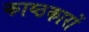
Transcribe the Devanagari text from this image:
काष्ठकारों